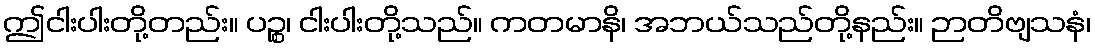
ဤငါးပါးတို့တည်း။ ပဉ္စ၊ ငါးပါးတို့သည်။ ကတမာနိ၊ အဘယ်သည်တို့နည်း။ ဉာတိဗျသနံ၊